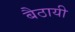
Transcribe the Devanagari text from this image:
बैठायी